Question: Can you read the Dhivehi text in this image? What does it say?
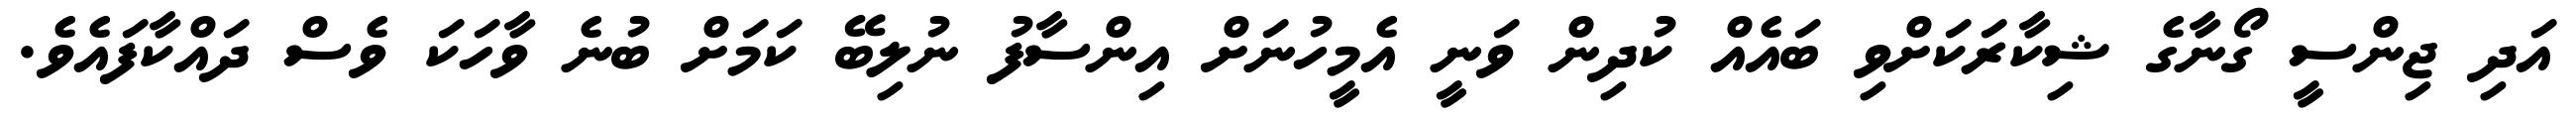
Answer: އަދި ޖިންސީ ގޯނާގެ ޝިކާރަކަށްވި ބައެއް ކުދިން ވަނީ އެމީހުނަށް އިންސާފު ނުލިބޭ ކަމަށް ބުނެ ވާހަކަ ވެސް ދައްކާފައެވެ.